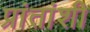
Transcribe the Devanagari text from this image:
प्रांतांशी